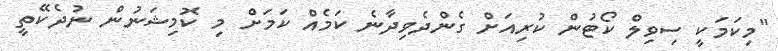
"މިކަމަކީ ސިވިލް ކޯޓުން ކުރިއަށް ގެންދެވިދާނެ ކަމެއް ކަމަށް މި ކޮމިޝަނުން ނުދެކޭތީ